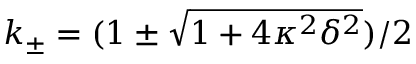
k _ { \pm } = ( 1 \pm \sqrt { 1 + 4 \kappa ^ { 2 } \delta ^ { 2 } } ) / 2